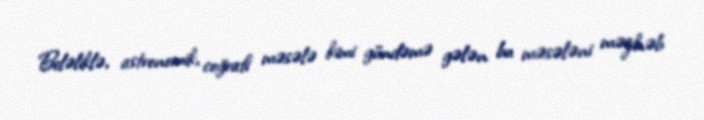
Beləliklə, astronomik, coğrafi məsələ kimi gündəmə gələn bu məsələni məzhəb